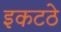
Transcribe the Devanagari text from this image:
इकटठे